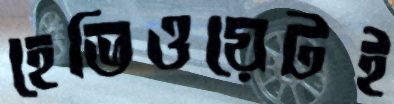
হেভিওয়েটই